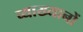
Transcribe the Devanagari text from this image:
व्‍याख्‍यानों